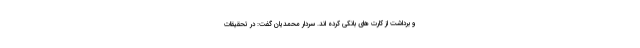
و برداشت از کارت های بانکی کرده اند. سردار محمدیان گفت: در تحقیقات